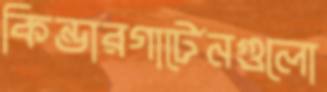
কিন্ডারগার্টেনগুলো